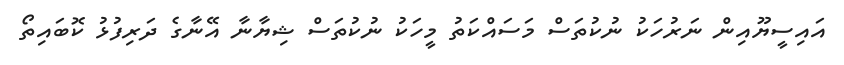
އައިސީޔޫއިން ނަރުހަކު ނުކުތަސް މަސައްކަތު މީހަކު ނުކުތަސް ޝިޔާނާ އޭނާގެ ދަރިފުޅު ކޮބައިތޯ